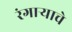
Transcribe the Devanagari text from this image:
रंगाऱ्याचे